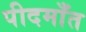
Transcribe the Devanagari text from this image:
पीदमाँत